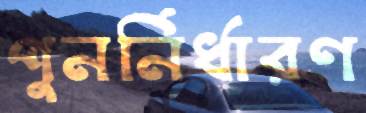
পুনর্নির্ধারণ